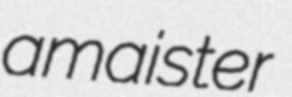
amaister